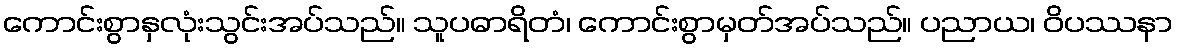
ကောင်းစွာနှလုံးသွင်းအပ်သည်။ သူပဓာရိတံ၊ ကောင်းစွာမှတ်အပ်သည်။ ပညာယ၊ ဝိပဿနာ